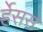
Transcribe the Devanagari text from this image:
र्हेसस